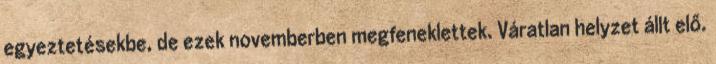
egyeztetésekbe, de ezek novemberben megfeneklettek. Váratlan helyzet állt elő.